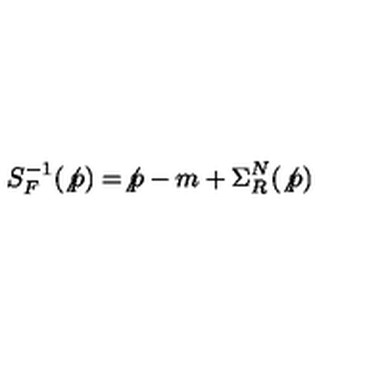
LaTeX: S _ { F } ^ { - 1 } ( \not { p } ) = \not { p } - m + \Sigma _ { R } ^ { N } ( \not { p } )